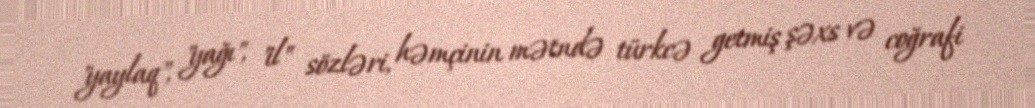
"yaylaq", "yağı", "il" sözləri, həmçinin mətndə türkcə getmiş şəxs və coğrafi